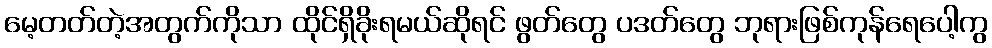
မေ့တတ်တဲ့အတွက်ကိုသာ ထိုင်ရှိခိုးရမယ်ဆိုရင် ဖွတ်တွေ ပဒတ်တွေ ဘုရားဖြစ်ကုန်ရေပေါ့ကွ